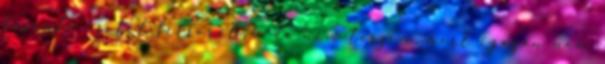
hasonló esetet felsorolni, de nem teszem, mert igazán nem